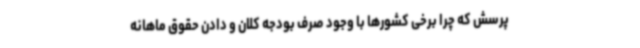
پرسش که چرا برخی کشورها با وجود صرف بودجه کلان و دادن حقوق ماهانه